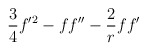
\begin{align*}{3 \over 4} f'^2- f f'' - {2 \over r} ff'\end{align*}